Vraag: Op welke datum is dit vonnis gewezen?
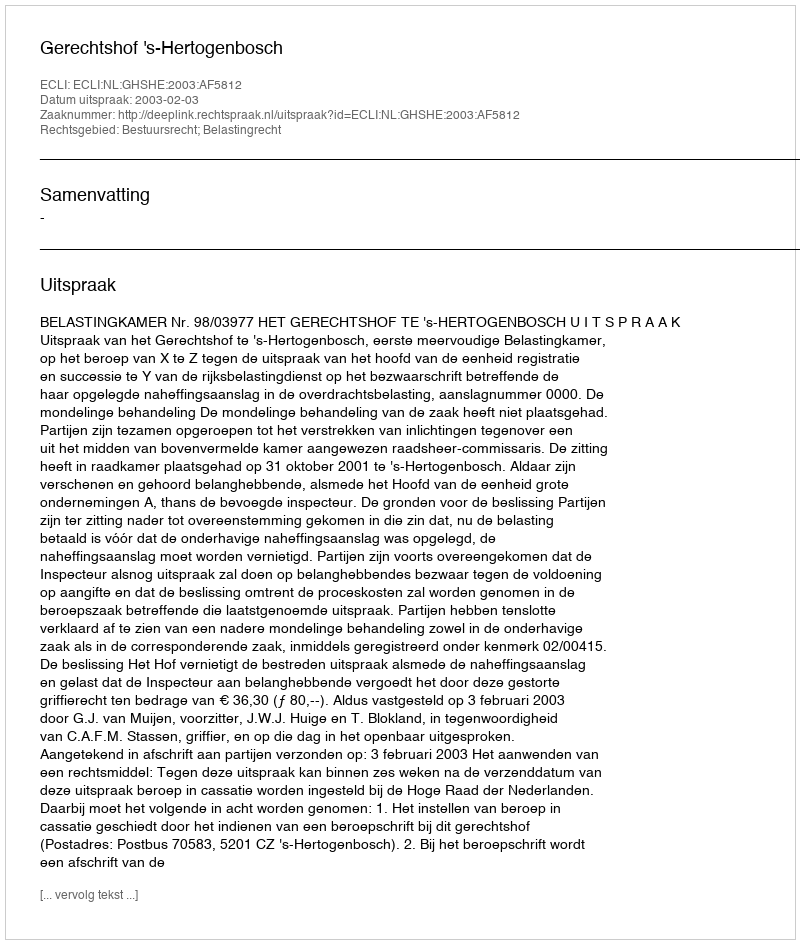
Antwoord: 2003-02-03